Report on sanitation, dispensaries, and jails in Rajputana for 1916, and on vaccination for the year 1916-1917 - 1916-1917
Year: 1916
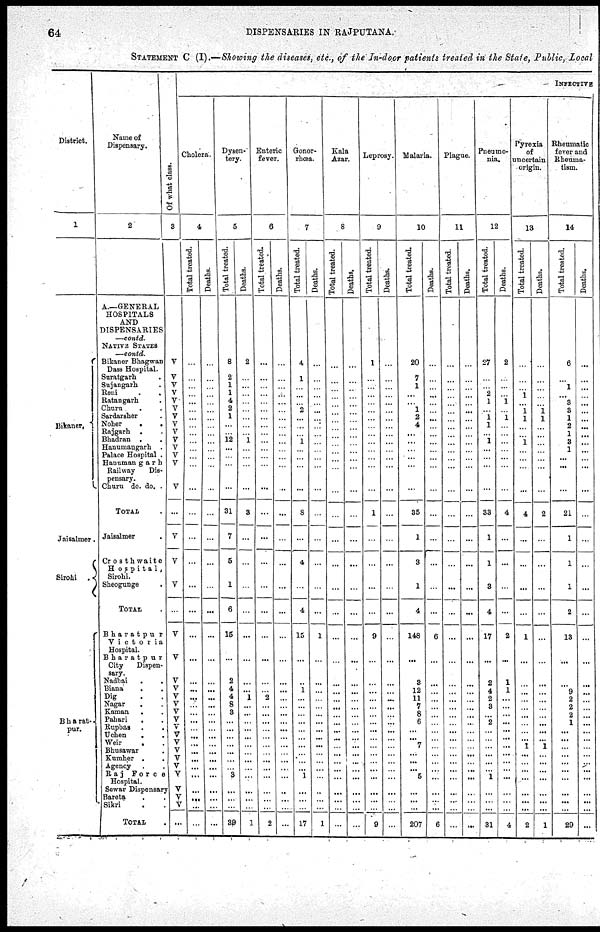
64
DISPENSARIES IN RAJPUTANA.
STATEMENT C (I).—Showing the diseases, etc., of the In-door patients treated in the State, Public, Local
District.
1
Bikaner.
Jaisalmer .
Sirohi .
Bharat-
pur.
Name of
Dispensary.
2
A.—GENERAL
HOSPITALS
AND
DISPENSARIES
—contd.
NATIVE STATES
—contd.
Bikaner Bhagwan
Dass Hospital.
Suratgarh .
Sujangarh .
Reni . .
Ratangarh .
Churu
. .
Sardarsher .
Noher
.
.
Rajgarh . .
Bhadran . .
Hanumangarh .
Palace Hospital .
Hanumangarh
Railway
Dis-
pensary.
Churu do. do. .
TOTAL .
Jaisalmer .
Crosthwaite
Hospital,
Sirohi.
Sheogunge .
TOTAL .
Bharatpur
Victoria
Hospital.
Bharatpur
City
Dispen-
sary.
Nadbai
. .
Biana . .
Dig . .
Nagar . .
Kaman
. .
Pahari
. .
Rupbas . .
Uchen
.
.
Weir . .
Bhusawar .
Kumher .
.
Agency . .
Raj
Force
Hospital.
Sewar Dispensary
Bareta . .
Sikri . .
TOTAL .
Of what class.
3
V
V
V V
V
V
V
V
V
V
V
V
V
V
...
V
V
V
...
V
V
V
V
V
V
V
V V
V
V
V
V
V
V
V V
V
...
INFECTIVE
Cholera.
4
Total treated.
...
...
...
...
...
...
...
...
...
...
...
...
...
...
...
...
...
...
...
...
...
...
...
...
...
...
...
...
...
...
...
...
...
...
...
...
...
...
Deaths.
...
...
...
...
...
...
...
...
...
...
...
...
...
...
...
...
...
...
...
...
...
...
...
...
...
...
...
...
...
...
...
...
...
...
...
...
...
...
Dysen-
tery.
5
Total treated.
8
2
... 1
4
2
1
...
...
12
...
...
...
...
31
7
5
1
6
15
...
2
4
4
8
3
...
...
...
...
...
...
...
3
...
...
...
39
Deaths.
2
...
...
...
...
...
...
...
... 1
...
...
...
...
3
...
...
...
...
...
...
...
...
1
...
...
...
...
...
...
...
...
...
...
...
...
...
1
Enteric
fever.
6
Total treated.
...
...
...
...
...
...
...
...
...
...
...
...
...
...
...
...
...
...
...
...
...
...
...
2
...
...
...
...
...
...
... ...
...
...
...
...
...
2
Deaths.
...
...
...
...
...
...
...
...
...
...
...
...
...
...
...
...
...
...
...
...
...
...
...
...
...
...
...
...
...
...
... ...
...
...
...
...
...
...
Gonor-
rhœa.
7
Total treated.
4
1
...
...
...
2
...
...
...
1
...
...
...
...
8
...
4
...
4
15
...
...
1
...
...
...
...
...
...
...
...
...
...
1
...
...
...
17
Deaths.
...
...
...
...
...
...
...
...
...
...
...
...
...
...
...
...
...
...
...
1
...
...
...
...
...
...
...
...
...
...
...
...
...
...
...
...
...
1
Kala
Azar.
8
Total treated.
...
...
...
...
...
...
...
...
...
...
...
...
...
...
...
...
...
...
...
...
...
...
...
...
...
...
...
...
...
...
... ...
...
...
...
...
...
...
Deaths.
...
...
...
...
...
...
...
...
...
...
...
...
...
...
...
...
...
...
...
...
...
...
...
...
...
...
...
...
...
...
...
...
...
...
...
...
...
...
Leprosy.
9
Total treated.
1
...
...
...
...
...
...
...
...
...
...
...
...
...
1
...
...
...
...
9
...
...
...
...
...
...
...
...
...
...
...
...
...
...
...
...
...
9
Deaths.
...
...
...
...
...
...
...
...
...
...
...
...
...
...
...
...
...
...
...
...
...
...
...
...
...
...
...
...
...
...
...
...
...
...
...
...
...
...
Malaria.
10
Total treated.
20
7
1
...
...
1
2
4
...
...
...
...
...
...
35
1
3
1
4
148
...
3
12
11
7
8
6
...
...
7
... ...
...
5
...
...
...
207
Deaths.
...
...
...
...
...
...
...
...
...
...
...
...
...
...
...
...
...
...
...
6
...
...
...
...
...
...
...
...
...
...
...
...
...
...
...
...
...
6
Plague.
11
Total treated.
...
...
...
...
...
...
...
...
...
...
...
...
...
...
...
...
...
...
...
...
...
...
...
...
...
...
...
...
...
...
... ...
...
...
...
...
...
...
Deaths.
...
...
...
...
...
...
...
...
...
...
...
...
...
...
...
...
...
...
...
...
...
...
...
...
...
...
...
...
...
...
...
...
...
...
...
...
...
...
Pneumo-
nia.
12
Total treated.
27
...
... 2
1
...
1
1
...
1
...
...
...
...
33
1
1
3
4
17
...
2
4
2
3
...
2
...
...
...
...
...
...
1
...
...
...
31
Deaths.
2
...
...
...
1
...
1
...
...
...
...
...
...
...
4
...
...
...
...
2
...
1
1
...
...
...
...
...
...
...
...
...
...
...
...
...
...
4
Pyrexia
of
uncertain
origin.
13
Total treated.
...
...
... 1
...
1
1
...
... 1
...
...
...
...
4
...
...
...
...
1
...
...
...
...
...
...
...
...
...
1
...
...
...
...
...
...
...
2
Deaths.
...
...
...
...
...
1
1
...
...
...
...
...
...
...
2
...
...
...
...
...
...
...
...
...
...
...
...
...
...
1
...
...
...
...
...
...
...
1
Rheumatic
fever and
Rheuma-
tism.
14
Total treated.
6
...
1
...
3
3
1
2
1
3
1
...
...
...
21
1
1
1
2
13
...
...
9
2
2
2
1
...
...
...
...
...
...
...
...
...
...
29
Deaths.
...
...
...
...
...
...
...
...
...
...
...
...
...
...
...
...
...
...
...
...
...
...
...
...
...
...
...
...
...
...
...
...
...
...
...
...
...
...